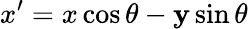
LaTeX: x^{\prime}=x\cos\theta-\mathbf{y}\sin\theta